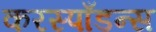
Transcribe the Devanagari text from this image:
करस्पाँडन्स